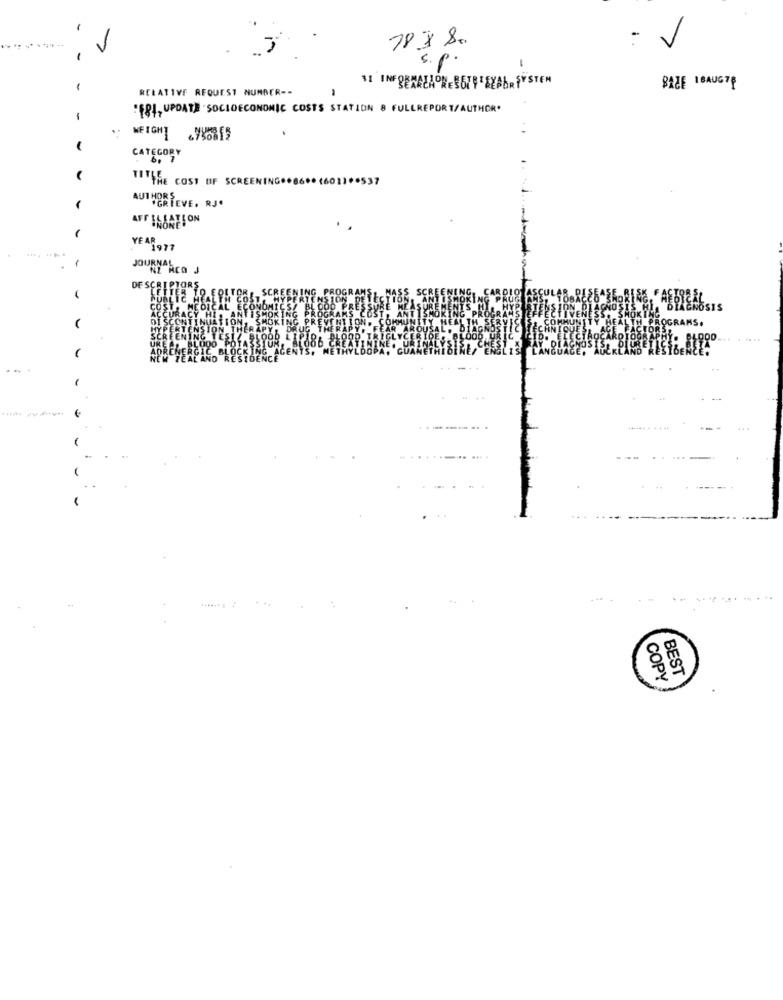
s. p.
RELATIVE REQUEST NUMBER --
11 INF SERALAONES679 DEABRSYSTEM
BAZE 18AUG78
:FRI, UPDATE " SOCIOECONOMIC COSTS STATION 8 FULLREPORT/AUTHOR.
-
WEIGHT
-
CATEGORY
TUTTHE COST OF SCREENING.
AUIERTEVE, RJ.
AFFILIATION
YEA1977
DE SCE
...
BEST
COPY